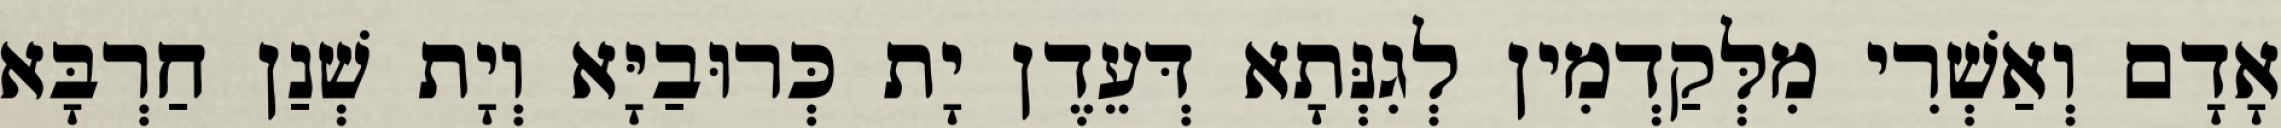
אָדָם וְאַשְׁרִי מִלְּקַדְמִין לְגִנְּתָא דְּעֵדֶן יָת כְּרוּבַיָּא וְיָת שְׁנַן חַרְבָּא